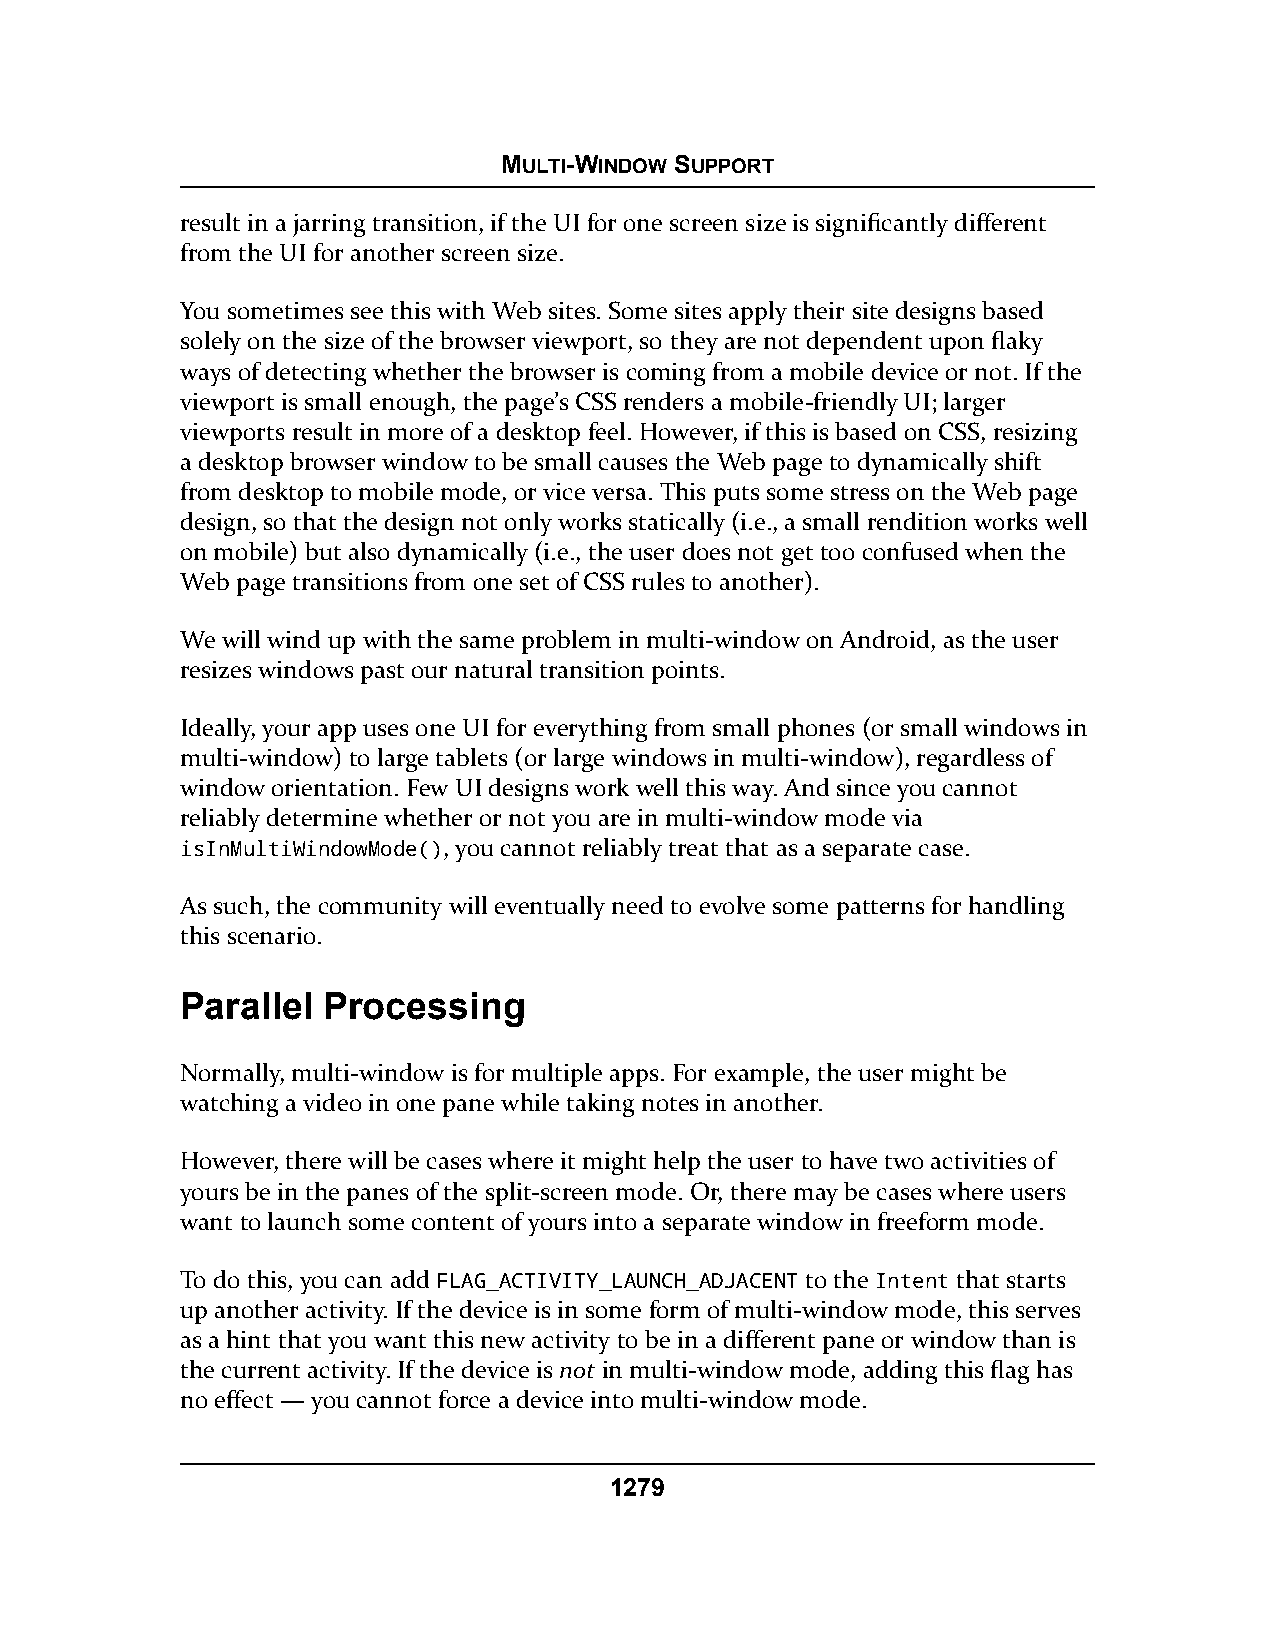
MULTI-WINDOW SUPPORT
 result in a jarring transition, if the UI for one screen size is significantly different
 from the UI for another screen size.
 You sometimes see this with Web sites. Some sites apply their site designs based
 solely on the size of the browser viewport, so they are not dependent upon flaky
 ways of detecting whether the browser is coming from a mobile device or not. If the
 viewport is small enough, the page’s CSS renders a mobile-friendly UI; larger
 viewports result in more of a desktop feel. However, if this is based on CSS, resizing
 a desktop browser window to be small causes the Web page to dynamically shift
 from desktop to mobile mode, or vice versa. This puts some stress on the Web page
 design, so that the design not only works statically (i.e., a small rendition works well
 on mobile) but also dynamically (i.e., the user does not get too confused when the
 Web page transitions from one set of CSS rules to another).
 We will wind up with the same problem in multi-window on Android, as the user
 resizes windows past our natural transition points.
 Ideally, your app uses one UI for everything from small phones (or small windows in
 multi-window) to large tablets (or large windows in multi-window), regardless of
 window orientation. Few UI designs work well this way. And since you cannot
 reliably determine whether or not you are in multi-window mode via
 isInMultiWindowMode(), you cannot reliably treat that as a separate case.
 As such, the community will eventually need to evolve some patterns for handling
 this scenario.
 Parallel Processing
 Normally, multi-window is for multiple apps. For example, the user might be
 watching a video in one pane while taking notes in another.
 However, there will be cases where it might help the user to have two activities of
 yours be in the panes of the split-screen mode. Or, there may be cases where users
 want to launch some content of yours into a separate window in freeform mode.
 To do this, you can add FLAG_ACTIVITY_LAUNCH_ADJACENT to the Intent that starts
 up another activity. If the device is in some form of multi-window mode, this serves
 as a hint that you want this new activity to be in a different pane or window than is
 the current activity. If the device is not in multi-window mode, adding this flag has
 no effect — you cannot force a device into multi-window mode.
 1279